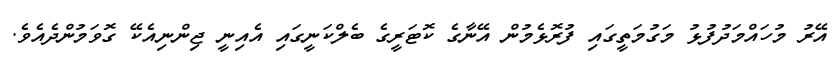
އޭރު މުހައްމަދުފުޅު މަގުމަތީގައި ފުރޮޅެމުން އޭނާގެ ކޮޓަރީގެ ބެލްކަނީގައި އެއިނީ ޖިންނިއެކޭ ގޮވަމުންދެއެވެ.